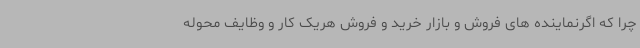
چرا که اگرنماینده های فروش و بازار خرید و فروش هریک کار و وظایف محوله